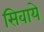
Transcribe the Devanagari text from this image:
सिवाये